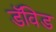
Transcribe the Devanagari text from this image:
डॅविड